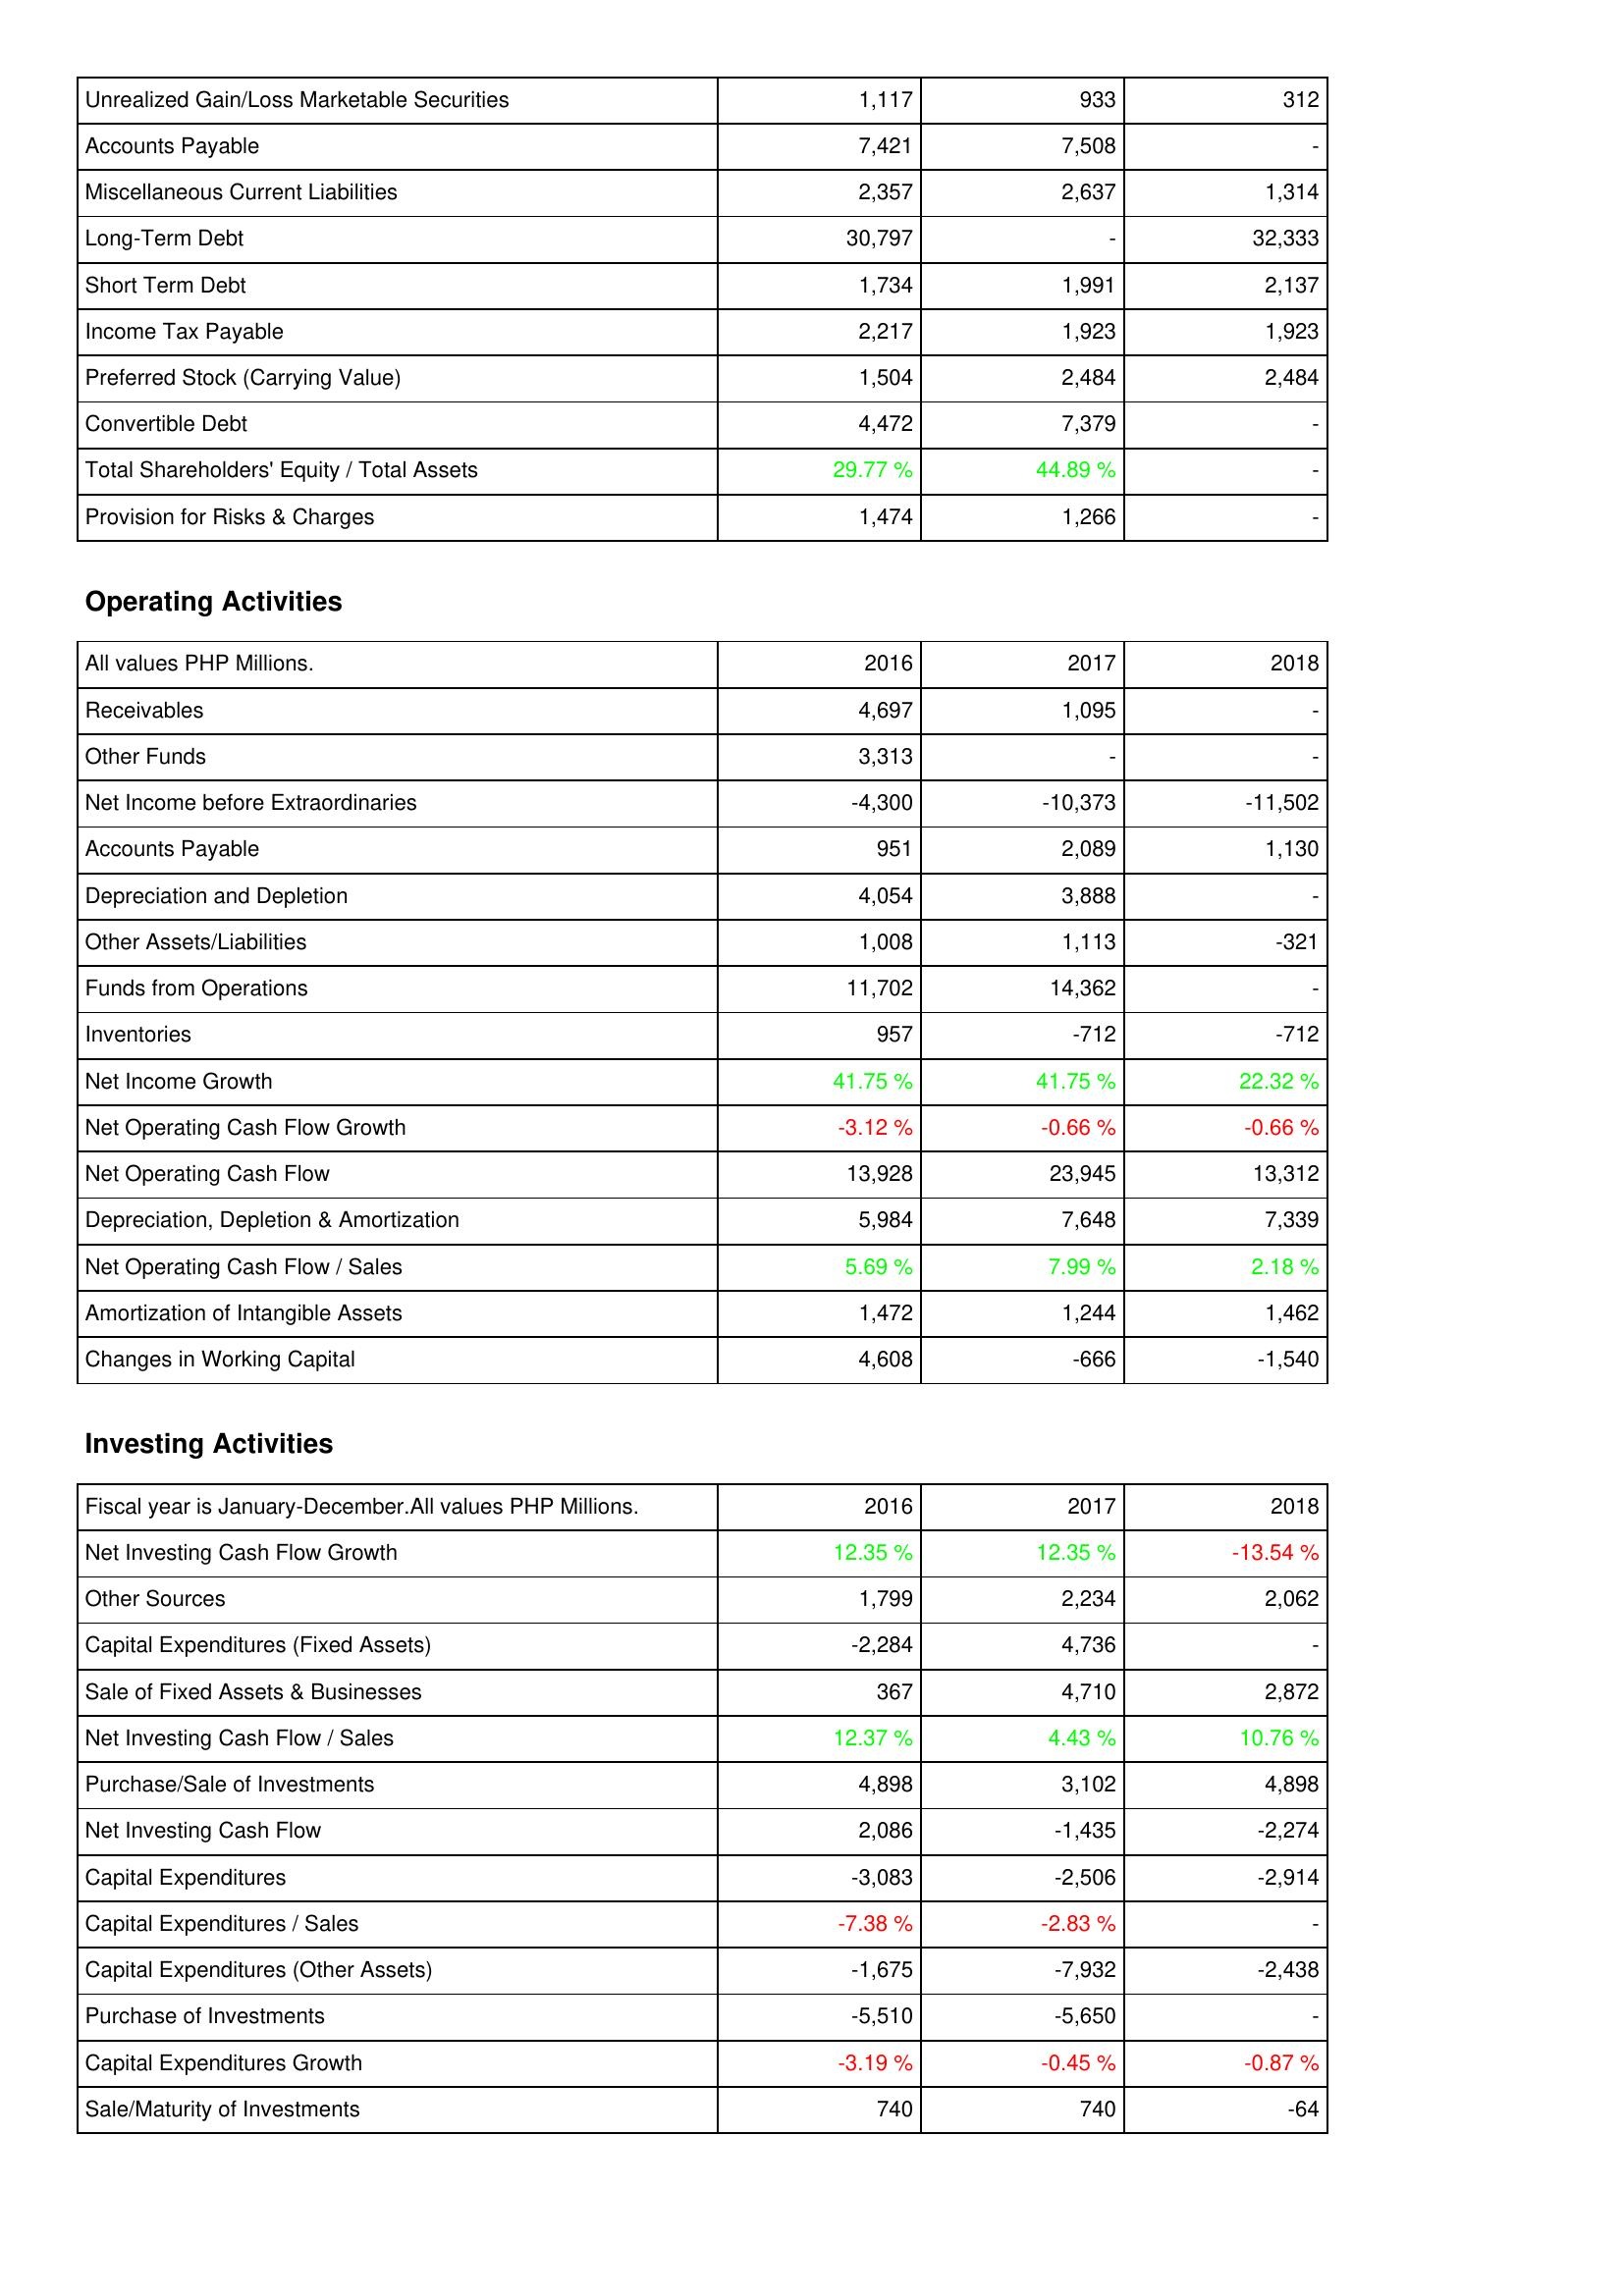
2016: Liabilities & Shareholders' Equity: Unrealized Gain/Loss Marketable Securities: 1,117
Accounts Payable: 7,421
Miscellaneous Current Liabilities: 2,357
Long-Term Debt: 30,797
Short Term Debt: 1,734
Income Tax Payable: 2,217
Preferred Stock (Carrying Value): 1,504
Convertible Debt: 4,472
Total Shareholders' Equity / Total Assets: 29.77 %
Provision for Risks & Charges: 1,474
Operating Activities: Receivables: 4,697
Other Funds: 3,313
Net Income before Extraordinaries: -4,300
Accounts Payable: 951
Depreciation and Depletion: 4,054
Other Assets/Liabilities: 1,008
Funds from Operations: 11,702
Inventories: 957
Net Income Growth: 41.75 %
Net Operating Cash Flow Growth: -3.12 %
Net Operating Cash Flow: 13,928
Depreciation, Depletion & Amortization: 5,984
Net Operating Cash Flow / Sales: 5.69 %
Amortization of Intangible Assets: 1,472
Changes in Working Capital: 4,608
Investing Activities: Net Investing Cash Flow Growth: 12.35 %
Other Sources: 1,799
Capital Expenditures (Fixed Assets): -2,284
Sale of Fixed Assets & Businesses: 367
Net Investing Cash Flow / Sales: 12.37 %
Purchase/Sale of Investments: 4,898
Net Investing Cash Flow: 2,086
Capital Expenditures: -3,083
Capital Expenditures / Sales: -7.38 %
Capital Expenditures (Other Assets): -1,675
Purchase of Investments: -5,510
Capital Expenditures Growth: -3.19 %
Sale/Maturity of Investments: 740
2017: Liabilities & Shareholders' Equity: Unrealized Gain/Loss Marketable Securities: 933
Accounts Payable: 7,508
Miscellaneous Current Liabilities: 2,637
Long-Term Debt: -
Short Term Debt: 1,991
Income Tax Payable: 1,923
Preferred Stock (Carrying Value): 2,484
Convertible Debt: 7,379
Total Shareholders' Equity / Total Assets: 44.89 %
Provision for Risks & Charges: 1,266
Operating Activities: Receivables: 1,095
Other Funds: -
Net Income before Extraordinaries: -10,373
Accounts Payable: 2,089
Depreciation and Depletion: 3,888
Other Assets/Liabilities: 1,113
Funds from Operations: 14,362
Inventories: -712
Net Income Growth: 41.75 %
Net Operating Cash Flow Growth: -0.66 %
Net Operating Cash Flow: 23,945
Depreciation, Depletion & Amortization: 7,648
Net Operating Cash Flow / Sales: 7.99 %
Amortization of Intangible Assets: 1,244
Changes in Working Capital: -666
Investing Activities: Net Investing Cash Flow Growth: 12.35 %
Other Sources: 2,234
Capital Expenditures (Fixed Assets): 4,736
Sale of Fixed Assets & Businesses: 4,710
Net Investing Cash Flow / Sales: 4.43 %
Purchase/Sale of Investments: 3,102
Net Investing Cash Flow: -1,435
Capital Expenditures: -2,506
Capital Expenditures / Sales: -2.83 %
Capital Expenditures (Other Assets): -7,932
Purchase of Investments: -5,650
Capital Expenditures Growth: -0.45 %
Sale/Maturity of Investments: 740
2018: Liabilities & Shareholders' Equity: Unrealized Gain/Loss Marketable Securities: 312
Accounts Payable: -
Miscellaneous Current Liabilities: 1,314
Long-Term Debt: 32,333
Short Term Debt: 2,137
Income Tax Payable: 1,923
Preferred Stock (Carrying Value): 2,484
Convertible Debt: -
Total Shareholders' Equity / Total Assets: -
Provision for Risks & Charges: -
Operating Activities: Receivables: -
Other Funds: -
Net Income before Extraordinaries: -11,502
Accounts Payable: 1,130
Depreciation and Depletion: -
Other Assets/Liabilities: -321
Funds from Operations: -
Inventories: -712
Net Income Growth: 22.32 %
Net Operating Cash Flow Growth: -0.66 %
Net Operating Cash Flow: 13,312
Depreciation, Depletion & Amortization: 7,339
Net Operating Cash Flow / Sales: 2.18 %
Amortization of Intangible Assets: 1,462
Changes in Working Capital: -1,540
Investing Activities: Net Investing Cash Flow Growth: -13.54 %
Other Sources: 2,062
Capital Expenditures (Fixed Assets): -
Sale of Fixed Assets & Businesses: 2,872
Net Investing Cash Flow / Sales: 10.76 %
Purchase/Sale of Investments: 4,898
Net Investing Cash Flow: -2,274
Capital Expenditures: -2,914
Capital Expenditures / Sales: -
Capital Expenditures (Other Assets): -2,438
Purchase of Investments: -
Capital Expenditures Growth: -0.87 %
Sale/Maturity of Investments: -64